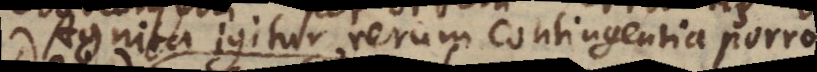
Agnita igitur rerum contingentia porro